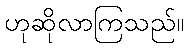
ဟုဆိုလာကြသည်။